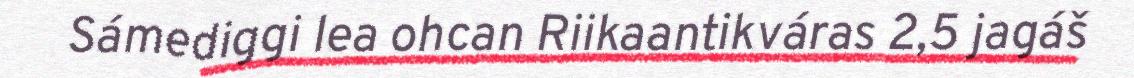
Sámediggi lea ohcan Riikaantikváras 2,5 jagáš